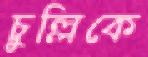
চুল্লিকে